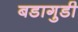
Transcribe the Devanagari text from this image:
बडागुडी